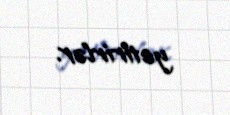
yetirirlər.